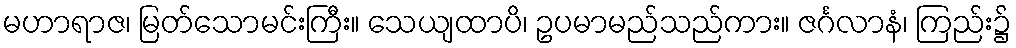
မဟာရာဇ၊ မြတ်သောမင်းကြီး။ သေယျထာပိ၊ ဥပမာမည်သည်ကား။ ဇင်္ဂလာနံ၊ ကြည်း၌